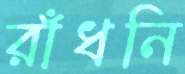
রাঁধনি